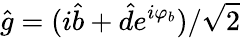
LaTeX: \hat{g}=(i\hat{b}+\hat{d}e^{i\varphi_{b}})/\sqrt{2}